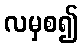
လမှစ၍